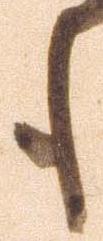
も